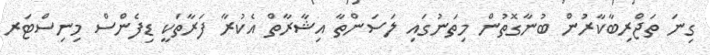
ގިނަ ތަޖްރިބާކާރުން ބުނާގޮތުން މިތަނުގައި ލަސަންތާ އިޝާރާތް އެކުރާ ފަރާތަކީ ޑިފެންސް މިނިސްޓަރ